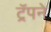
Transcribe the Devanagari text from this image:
ट्रॅपने